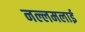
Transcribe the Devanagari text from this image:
नल्लमलाई